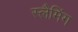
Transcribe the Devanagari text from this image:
स्लैमिंग